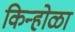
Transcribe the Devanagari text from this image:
किन्होळा